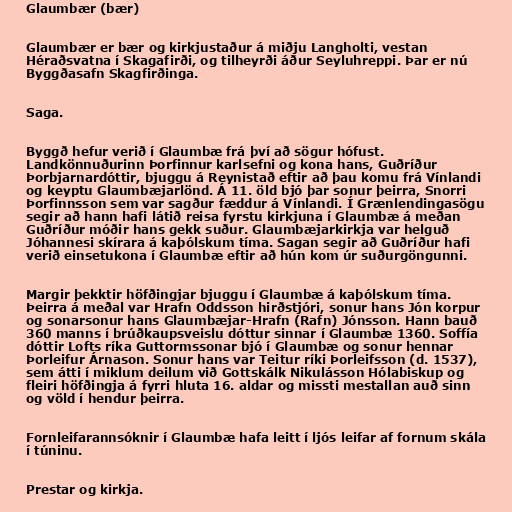
Glaumbær (bær)

Glaumbær er bær og kirkjustaður á miðju Langholti, vestan
Héraðsvatna í Skagafirði, og tilheyrði áður Seyluhreppi. Þar er nú
Byggðasafn Skagfirðinga.

Saga.

Byggð hefur verið í Glaumbæ frá því að sögur hófust.
Landkönnuðurinn Þorfinnur karlsefni og kona hans, Guðríður
Þorbjarnardóttir, bjuggu á Reynistað eftir að þau komu frá Vínlandi
og keyptu Glaumbæjarlönd. Á 11. öld bjó þar sonur þeirra, Snorri
Þorfinnsson sem var sagður fæddur á Vínlandi. Í Grænlendingasögu
segir að hann hafi látið reisa fyrstu kirkjuna í Glaumbæ á meðan
Guðríður móðir hans gekk suður. Glaumbæjarkirkja var helguð
Jóhannesi skírara á kaþólskum tíma. Sagan segir að Guðríður hafi
verið einsetukona í Glaumbæ eftir að hún kom úr suðurgöngunni.

Margir þekktir höfðingjar bjuggu í Glaumbæ á kaþólskum tíma.
Þeirra á meðal var Hrafn Oddsson hirðstjóri, sonur hans Jón korpur
og sonarsonur hans Glaumbæjar-Hrafn (Rafn) Jónsson. Hann bauð
360 manns í brúðkaupsveislu dóttur sinnar í Glaumbæ 1360. Soffía
dóttir Lofts ríka Guttormssonar bjó í Glaumbæ og sonur hennar
Þorleifur Árnason. Sonur hans var Teitur ríki Þorleifsson (d. 1537),
sem átti í miklum deilum við Gottskálk Nikulásson Hólabiskup og
fleiri höfðingja á fyrri hluta 16. aldar og missti mestallan auð sinn
og völd í hendur þeirra.

Fornleifarannsóknir í Glaumbæ hafa leitt í ljós leifar af fornum skála
í túninu.

Prestar og kirkja.